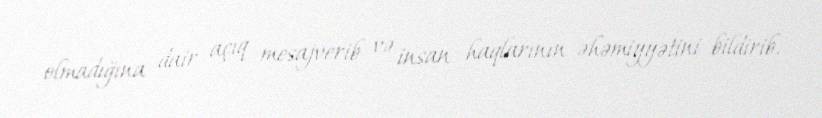
olmadığına dair açıq mesajverib və insan haqlarının əhəmiyyətini bildirib.